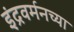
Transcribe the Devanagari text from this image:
इंद्रवर्मनच्या